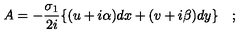
A = - \frac { \sigma _ { 1 } } { 2 i } \{ ( u + i \alpha ) d x + ( v + i \beta ) d y \} \quad ;